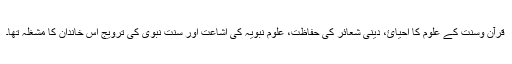
قرآن وسنت کے علوم کا احیائ، دینی شعائر کی حفاظت، علومِ نبویہ کی اشاعت اور سنتِ نبوی کی ترویج اس خاندان کا مشغلہ تھا۔